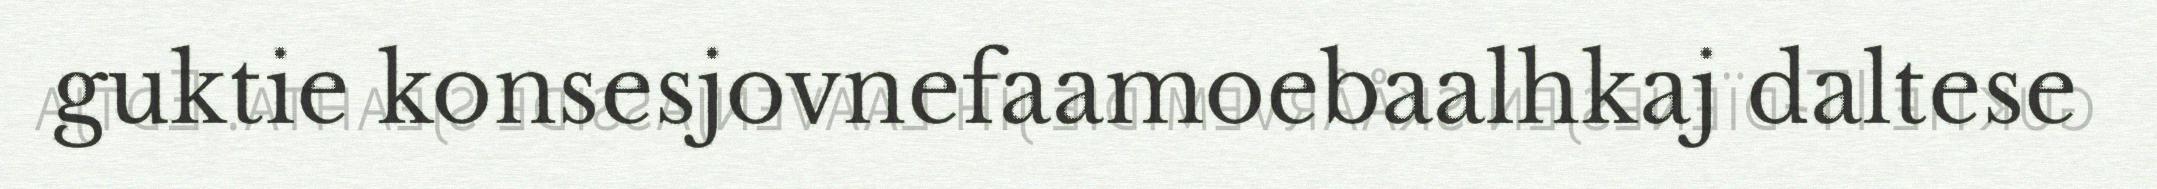
guktie konsesjovnefaamoebaalhkaj daltese